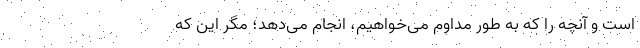
است و آنچه را که به طور مداوم می‌خواهیم، انجام می‌دهد؛ مگر این که